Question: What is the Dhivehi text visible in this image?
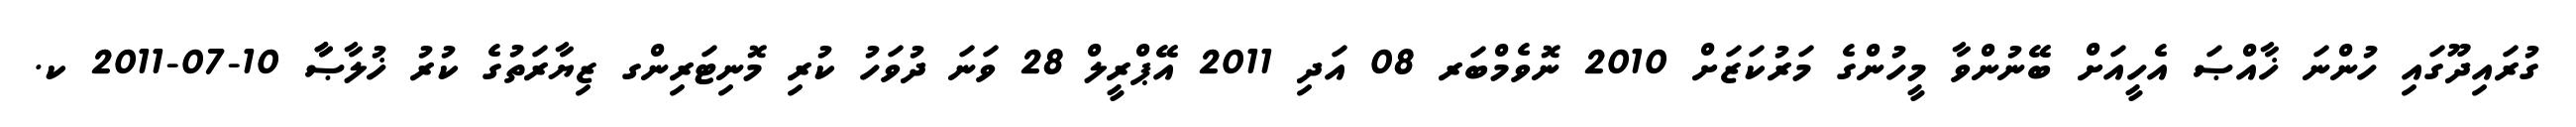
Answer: ގުރައިދޫގައި ހުންނަ ޚާއްޞަ އެހީއަށް ބޭނުންވާ މީހުންގެ މަރުކަޒަށް 2010 ނޮވެމްބަރ 08 އަދި 2011 އޭޕްރީލް 28 ވަނަ ދުވަހު ކުރި މޮނިޓަރިންގ ޒިޔާރަތުގެ ކުރު ޚުލާޞާާ 10-07-2011 ކ.